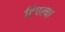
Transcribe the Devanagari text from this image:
टिपल्या